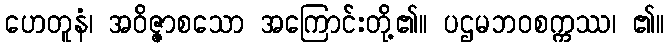
ဟေတူနံ၊ အဝိဇ္ဇာစသော အကြောင်းတို့၏။ ပဌမဘဝစက္ကဿ၊ ၏။